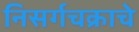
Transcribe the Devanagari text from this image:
निसर्गचक्राचे